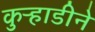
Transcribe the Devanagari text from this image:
कुऱ्हाडीने